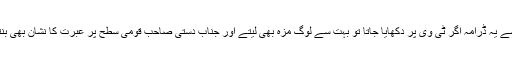
ویسے یہ ڈرامہ اگر ٹی وی پر دکھایا جاتا تو بہت سے لوگ مزہ بھی لیتے اور جناب دستی صاحب قومی سطح پر عبرت کا نشان بھی بنتے۔